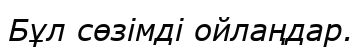
Бұл сөзімді ойлаңдар.